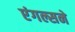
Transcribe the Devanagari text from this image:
एंगल्सने